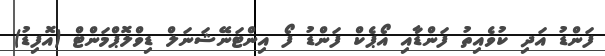
ފަންޑު އަދި ކުވެއިތު ފަންޑާއި އޯޕެކް ފަންޑު ފޯ އިންޓަނޭޝަނަލް ޑިވްލޮޕްމަންޓް (އޮފިޑު)